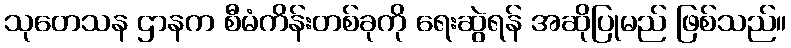
သုတေသန ဌာနက စီမံကိန်းတစ်ခုကို ရေးဆွဲရန် အဆိုပြုမည် ဖြစ်သည်။